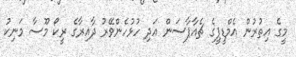
މީގެ އިތުރުން އެމްޑީޕީގެ ޗެއާޕާސަން އަދި ހުޅުހެންވޭރު ދާއިރާގެ ރީކޯ މޫސާ މަނިކު